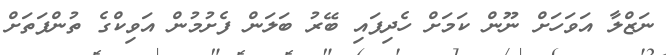
ނަޒްލާ އަވަހަށް ނޫން ކަމަށް ހެދިފައި ބޭރު ބަލަން ފެށުމުން އަވިކްގެ ތުންފަތަށް